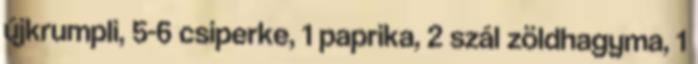
újkrumpli, 5-6 csiperke, 1 paprika, 2 szál zöldhagyma, 1